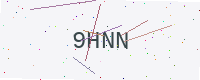
Text: 9HNN